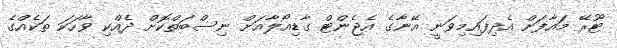
ޓޫރޭ މައާފަށް އެދިފައިމިވަނީ އޭނާގެ އެޖެންޓް ގާޑިއޯލާއަށް ނިސްބަތްކޮށް ދެއްކި ވާހަކަ ތަކެއްގެ